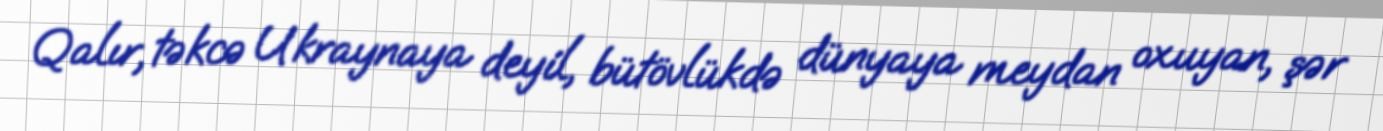
Qalır, təkcə Ukraynaya deyil, bütövlükdə dünyaya meydan oxuyan, şər